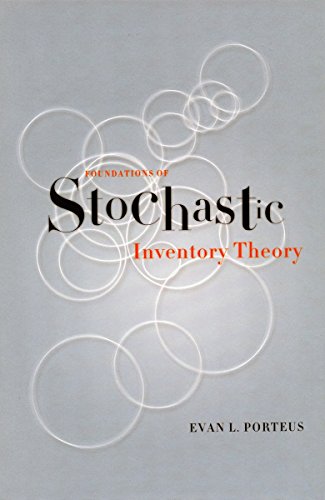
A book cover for Foundations of Stochastic Inventory Theory (Stanford Business Books); Evan Porteus; Business & Money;